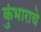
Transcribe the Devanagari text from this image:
कुंभाराचे